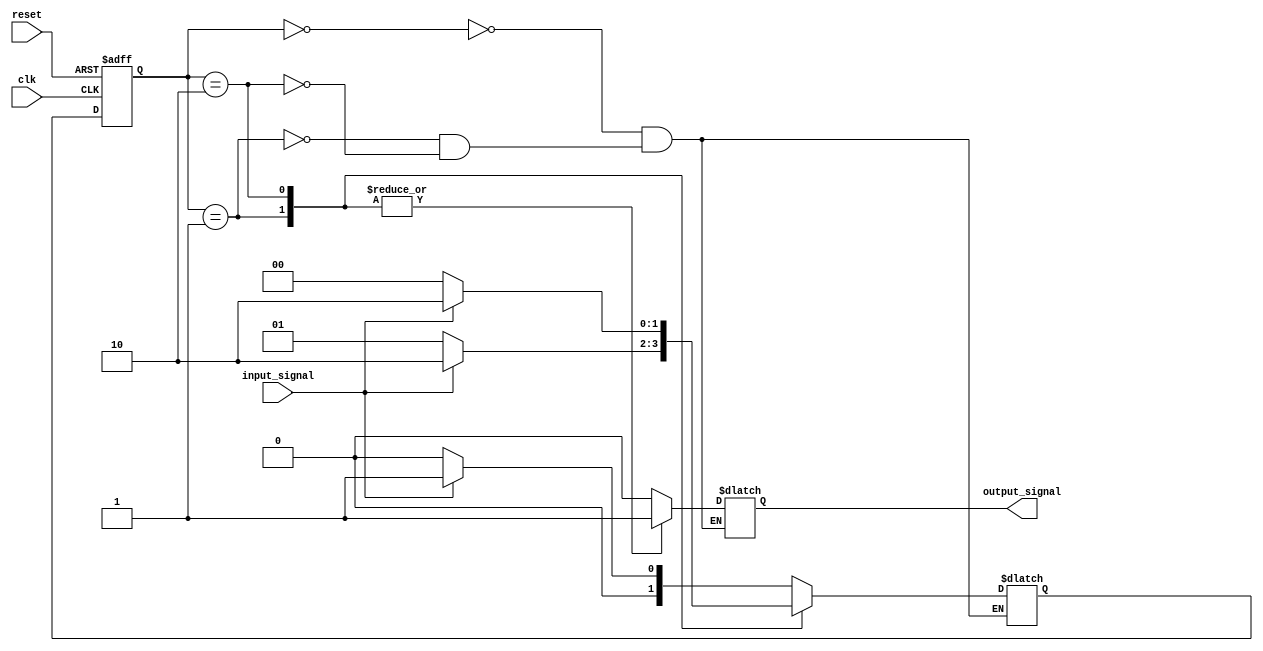
module state_machine(
    input wire clk,
    input wire reset,
    input wire input_signal,
    output reg output_signal
);

// State encoding
parameter STATE_A = 2'b00;
parameter STATE_B = 2'b01;
parameter STATE_C = 2'b10;

// State register
reg [1:0] state;
reg [1:0] next_state;

always @ (posedge clk or posedge reset)
begin
    if (reset)
        state <= STATE_A;
    else
        state <= next_state;
end

// State machine logic
always @ (*)
begin
    case(state)
        STATE_A: begin
            if (input_signal)
                next_state = STATE_B;
            else
                next_state = STATE_A;
        end
        STATE_B: begin
            if (input_signal)
                next_state = STATE_C;
            else
                next_state = STATE_B;
        end
        STATE_C: begin
            if (!input_signal)
                next_state = STATE_A;
            else
                next_state = STATE_C;
        end
    endcase
end

// Output logic
always @ (*)
begin
    case(state)
        STATE_A: output_signal = 1'b0;
        STATE_B: output_signal = 1'b1;
        STATE_C: output_signal = 1'b1;
    endcase
end

endmodule